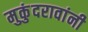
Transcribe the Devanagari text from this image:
मुकुंदरावांनी